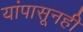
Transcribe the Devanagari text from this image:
यांपासूनही